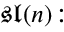
{ \mathfrak { s l } } ( n ) \colon